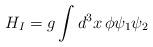
LaTeX: \begin{align*}H_I=g\int {d^3x\,\phi \psi _1\psi _2}\end{align*}